Vaccine operations Central Provinces & Berar 1922-1929 - 1922-1929
Year: 1922
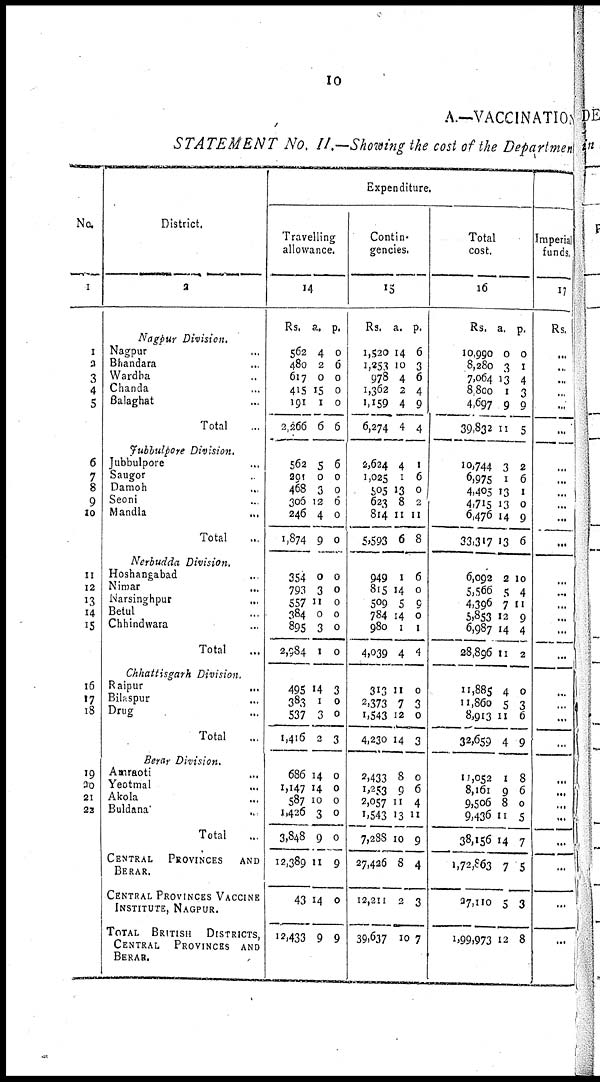
10
A.—VACCINATION
STATEMENT No. II.—Showing the cost of the Department
No.
1
1
2
3
4
5
6
7
8
9
10
11
12
13
14
15
16
17
18
19
20
21
22
District.
2
Nagpur Division.
Nagpur...
Bhandara...
Wardha...
Chanda...
Balaghat...
Total..
Jubbulpore Division.
Jubbulpore...
Saugor...
Damoh...
Seoni...
Mandla...
Total...
Nerbudda Division.
Hoshangabad...
Nimar...
Narsinghpur...
Betul...
Chhindwara...
Total...
Chhattisgarh Division.
Raipur...
Bilaspur...
Drug...
Total...
Berar Division.
Amraoti...
Yeotmal...
Akola...
Buldana...
Total..
CENTRAL PROVINCES AND
BERAR.
CENTRAL PROVINCES VACCINE
INSTISTUTE NAGPUR.
TOTAL BRITISH DISTRICTS,
CENTRAL PROVINCES AND
BERAR.
Expenditure.
Travelling
allowance.
14
Rs.
562
480
617
415
191
2,266
a.
4
2
0
15
1
6
p.
0
6
0
0
0
6
562
291
468
306
246
1,874
5
0
3
12
4
9
6
0
0
6
0
0
354
793
557
384
895
2,984
0
3
11
0
3
1
0
0
0
0
0
0
495
383
537
1,416
14
1
3
3
3
0
0
3
686
1,147
587
1,426
3,848
12,389
43
12,433
14
14
10
3
9
11
14
9
0
0
0
0
0
9
0
9
Contin-
gencies.
15
Rs.
1,520
1,253
978
1,362
1,159
6,274
a.
14
10
4
2
4
4
p.
6
3
6
4
9
4
2,624
1,025
505
623
814
5,593
4
1
13
8
11
6
1
6
0
2
11
8
940
815
509
784 784
4,039
1
14
5
14 14
4
6
0
9
0
0
4
313
2,373
1,543
4,230
11
1
12
14
0
3
0
3
2,433 1,253
2,057
1,543
7,288
27,426
12,211
39,637
8
9
11
13
10
8
2
10
0
6
4
11
9
4
3
7
Total
cost.
16
Rs.
10,990
8,280
7,064
8,800
4,697
39,832
a.
0
3
13
1
9
11
p.
0
1
4
3
9
5
10,744
6,975
4,405
4,715
6,476
33,317
3
1
11
13
14
13
2
6
1
0
9
6
6,092
5,566
5,566
5,853 5,853
28,896
2
5 5
12 12
11
10
4
4
9 9
2
11,885
11,860
8,913
32,659
4
5 5
4
0
3 3
9
11,052
8,161
9,506
9,436
38,156
1,72,863
37,110
1,99,973
1
9 8
11
14
7
5
12
8
6
0
5
7
5
3
8
Imperial
funds.
17
Rs.
...
...
...
...
...
...
...
...
...
...
...
...
...
...
...
...
...
...
...
...
...
...
...
...
...
...
...
...
...
...